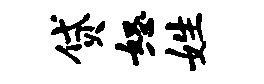
贷怒姓